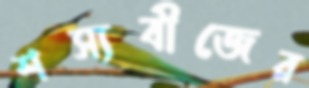
শস্যবীজের